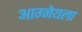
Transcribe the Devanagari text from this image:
आग्नेयला